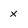
Character: x